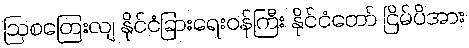
ဩစတြေးလျ နိုင်ငံခြားရေးဝန်ကြီး နိုင်ငံတော် ငြိမ်ပိအား